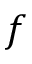
f